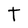
Character: t